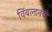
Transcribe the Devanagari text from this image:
विंबल्डनची